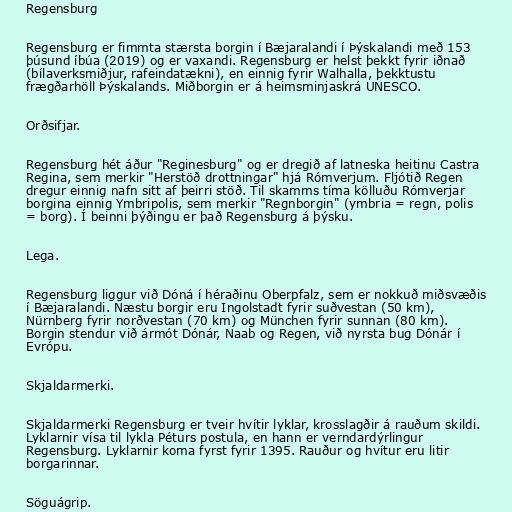
Regensburg

Regensburg er fimmta stærsta borgin í Bæjaralandi í Þýskalandi með 153
þúsund íbúa (2019) og er vaxandi. Regensburg er helst þekkt fyrir iðnað
(bílaverksmiðjur, rafeindatækni), en einnig fyrir Walhalla, þekktustu
frægðarhöll Þýskalands. Miðborgin er á heimsminjaskrá UNESCO.

Orðsifjar.

Regensburg hét áður "Reginesburg" og er dregið af latneska heitinu Castra
Regina, sem merkir "Herstöð drottningar" hjá Rómverjum. Fljótið Regen
dregur einnig nafn sitt af þeirri stöð. Til skamms tíma kölluðu Rómverjar
borgina einnig Ymbripolis, sem merkir "Regnborgin" (ymbria = regn, polis
= borg). Í beinni þýðingu er það Regensburg á þýsku.

Lega.

Regensburg liggur við Dóná í héraðinu Oberpfalz, sem er nokkuð miðsvæðis
í Bæjaralandi. Næstu borgir eru Ingolstadt fyrir suðvestan (50 km),
Nürnberg fyrir norðvestan (70 km) og München fyrir sunnan (80 km).
Borgin stendur við ármót Dónár, Naab og Regen, við nyrsta bug Dónár í
Evrópu.

Skjaldarmerki.

Skjaldarmerki Regensburg er tveir hvítir lyklar, krosslagðir á rauðum skildi.
Lyklarnir vísa til lykla Péturs postula, en hann er verndardýrlingur
Regensburg. Lyklarnir koma fyrst fyrir 1395. Rauður og hvítur eru litir
borgarinnar.

Söguágrip.